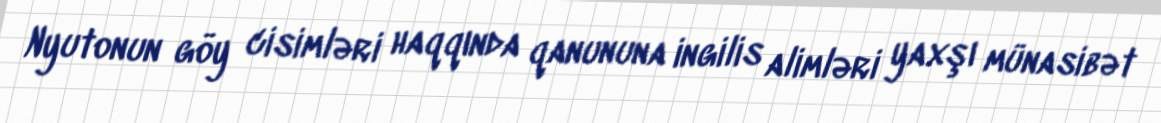
Nyutonun göy cisimləri haqqında qanununa ingilis alimləri yaxşı münasibət